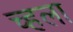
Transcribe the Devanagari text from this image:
च्हला